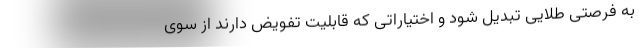
به فرصتی طلایی تبدیل شود و اختیاراتی که قابلیت تفویض دارند از سوی